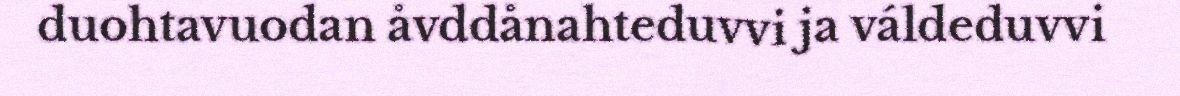
duohtavuodan åvddånahteduvvi ja váldeduvvi